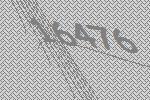
16476